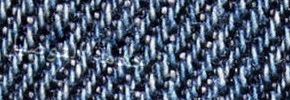
خدمة التوصيل